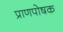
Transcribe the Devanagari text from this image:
प्राणपोषक